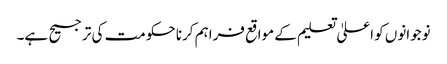
نوجوانوں کو اعلیٰ تعلیم کے مواقع فراہم کرنا حکومت کی ترجیح ہے۔